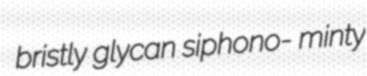
bristly glycan siphono- minty